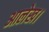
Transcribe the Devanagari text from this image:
आलेख।